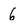
Character: 6